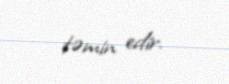
təmin edir.